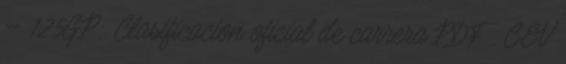
– 125GP: Clasificacion oficial de carrera PDF . CEV